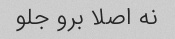
نه اصلا برو جلو